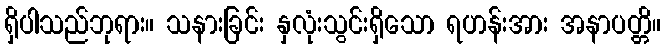
ရှိပါသည်ဘုရား။ သနားခြင်း နှလုံးသွင်းရှိသော ရဟန်းအား အနာပတ္တိ။